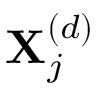
\mathbf { X } _ { j } ^ { ( d ) }